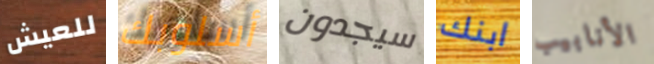
للعيش أسلوبك سيجدون ابنك الأنابيب